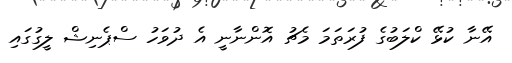
އޭނާ ކުޅޭ ކްލަބުގެ ފުރަތަމަ މެޗު އޮންނާނީ އެ ދުވަހު ސްޕެނިޝް ލީގުގައި